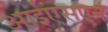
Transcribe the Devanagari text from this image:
आईएसएन